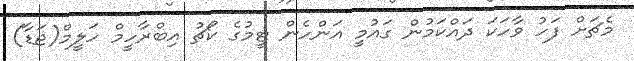
މެޗަށް ފަހު ވާހަކަ ދައްކަމުން ގައުމީ އަންހެން ޓީމުގެ ކޯޗު އިބްރާހީމް ހަލީމް(ޖަޑާ)